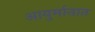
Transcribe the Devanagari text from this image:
आयुर्मानात